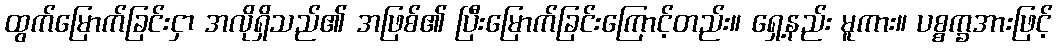
ထွက်မြောက်ခြင်းငှာ အလိုရှိသည်၏ အဖြစ်၏ ပြီးမြောက်ခြင်းကြောင့်တည်း။ ရှေ့နည်း မူကား။ ပစ္စက္ခအားဖြင့်